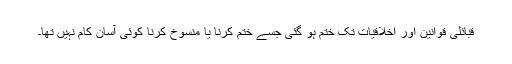
قبائلی قوانین اور اخلاقیات تک ختم ہو گئی جسے ختم کرنا یا منسوخ کرنا کوئی آسان کام نہیں تھا۔